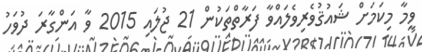
ވީމާ މިކަަމަށް ޝައުޤުވެރިވެލައްވާ ފަރާތްތަކުން 21 ޖުލައި 2015 ވާ އަންގާރަ ދުވަހު